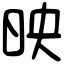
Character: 映